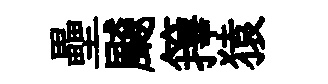
壘飇籜猿